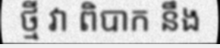
ថ្មី វា ពិបាក នឹង